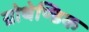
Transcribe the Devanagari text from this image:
ग्रोथेण्डिक